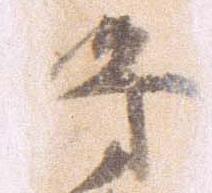
将